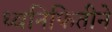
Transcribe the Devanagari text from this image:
ध्वनिफितीने